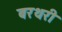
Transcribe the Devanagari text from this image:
बरथरी